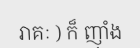
រាគៈ ) ក៏ ញ៉ាំង